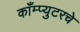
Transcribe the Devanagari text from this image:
काँम्प्युटरचे